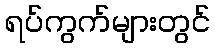
ရပ်ကွက်များတွင်